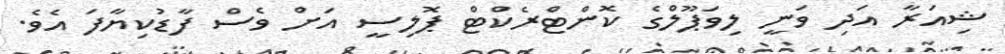
ޝިއަރާ އަދި ވަނީ ލިވަޕޫލްގެ ކޮންޓްރެކްޓް ޕޮލިސީ އަށް ވެސް ފާޑުކިޔާފަ އެވެ.